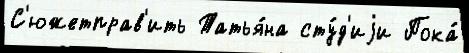
С'южетправ'ить Татья́на сту́д'иjи Пока́